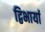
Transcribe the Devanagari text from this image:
द्विभार्या